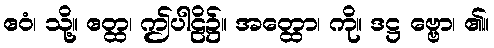
ဧဝံ၊ သို့။ ဧတ္ထ၊ ဤပါဠိ၌။ အတ္ထော၊ ကို။ ဒဋ္ဌ ဗ္ဗော၊ ၏။